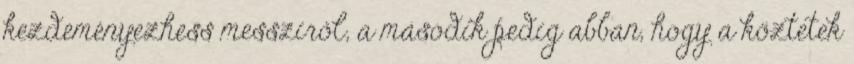
kezdeményezhess messziről, a második pedig abban, hogy a köztetek